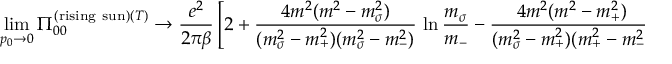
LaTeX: \operatorname * { l i m } _ { p _ { 0 } \rightarrow 0 } \Pi _ { 0 0 } ^ { ( \mathrm { r i s i n g \ s u n } ) ( T ) } \rightarrow \frac { e ^ { 2 } } { 2 \pi \beta } \left[ 2 + \frac { 4 m ^ { 2 } ( m ^ { 2 } - m _ { \sigma } ^ { 2 } ) } { ( m _ { \sigma } ^ { 2 } - m _ { + } ^ { 2 } ) ( m _ { \sigma } ^ { 2 } - m _ { - } ^ { 2 } ) } \, \ln \frac { m _ { \sigma } } { m _ { - } } - \frac { 4 m ^ { 2 } ( m ^ { 2 } - m _ { + } ^ { 2 } ) } { ( m _ { \sigma } ^ { 2 } - m _ { + } ^ { 2 } ) ( m _ { + } ^ { 2 } - m _ { - } ^ { 2 } ) } \, \ln \frac { m _ { + } } { m _ { - } } \right] .